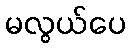
မလွယ်ပေ